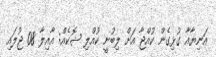
އަނިޔާއާ ގުޅިގެން ކުއްޖާ އަށް ލިބުނީ ކުއްލި ޝޮކެއް: އާއިލާ 08 ޖުލައި